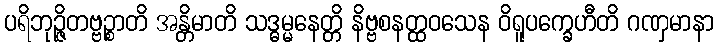
ပရိဘုဉ္ဇိတဗ္ဗဉ္စာတိ အန္တိမာတိ သဒ္ဓမ္မနေတ္တိ နိဗ္ဗစနတ္ထဝသေန ဝိရူပက္ခေဟီတိ ဂဏှမာနာ